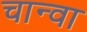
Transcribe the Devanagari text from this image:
चान्वा